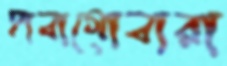
হাবাগোবারা